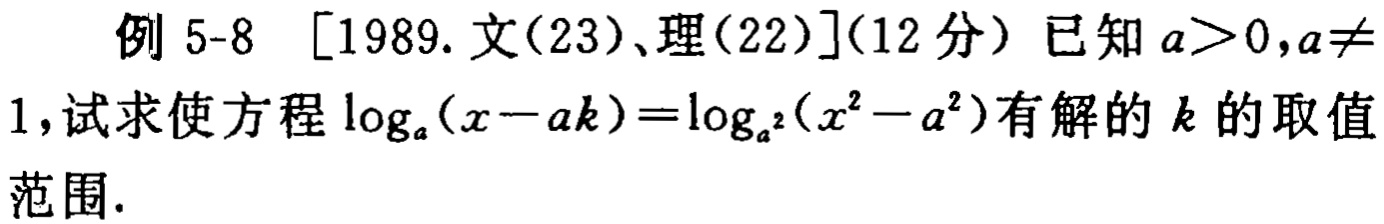
例 5-8 [1989. 文(23)、理(22)](12 分) 已知 \(a > 0,a\neq1\),试求使方程 \(\log_{a}(x - ak)=\log_{a^{2}}(x^{2}-a^{2})\)有解的 \(k\) 的取值范围.